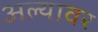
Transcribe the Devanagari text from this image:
अल्यावर